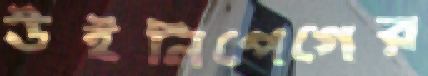
উইনিপেগের